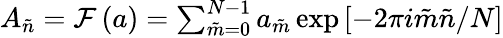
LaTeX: \begin{array}{r}{A_{\tilde{n}}=\mathcal{F}\left(a\right)=\sum_{\tilde{m}=0}^{N-1}a_{\tilde{m}}\exp\left[-2\pi i\tilde{m}\tilde{n}/N\right]}\end{array}